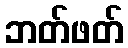
ဘတ်ဖတ်